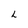
Character: L